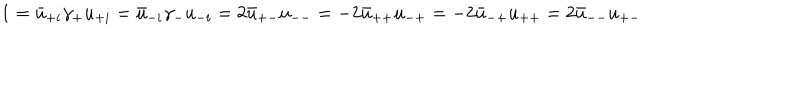
1 = \bar { u } _ { + i } \gamma _ { + } u _ { + i } = \bar { u } _ { - i } \gamma _ { - } u _ { - i } = 2 \bar { u } _ { + - } u _ { -- } = - 2 \bar { u } _ { + + } u _ { - + } = - 2 \bar { u } _ { - + } u _ { + + } = 2 \bar { u } _ { -- } u _ { + - }